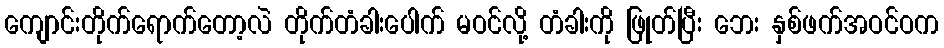
ကျောင်းတိုက်ရောက်တော့လဲ တိုက်တံခါးပေါက် မဝင်လို့ တံခါးကို ဖြုတ်ပြီး ဘေး နှစ်ဖက်အဝင်ဝက